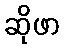
ဆိုဖာ